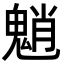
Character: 魈